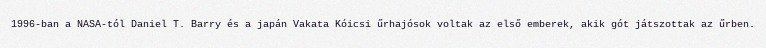
1996-ban a NASA-tól Daniel T. Barry és a japán Vakata Kóicsi űrhajósok voltak az első emberek, akik gót játszottak az űrben.